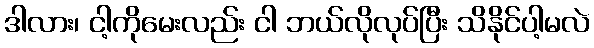
ဒါလား၊ ငါ့ကိုမေးလည်း ငါ ဘယ်လိုလုပ်ပြီး သိနိုင်ပါ့မလဲ